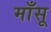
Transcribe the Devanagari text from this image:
माँसू